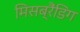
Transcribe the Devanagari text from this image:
मिसब्रैंडिंग